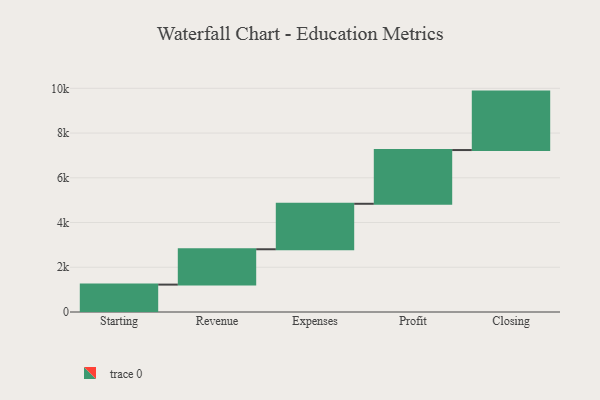
{"axis": {"x": "Step", "y": "Value"}, "legend": [""], "data": [{"x": "Starting", "y": 1225.0, "type": ""}, {"x": "Revenue", "y": 1580.0, "type": ""}, {"x": "Expenses", "y": 2033.0, "type": ""}, {"x": "Profit", "y": 2402.0, "type": ""}, {"x": "Closing", "y": 2613.0, "type": ""}]}